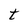
Character: t